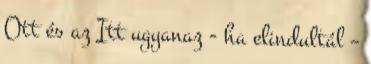
Ott és az Itt ugyanaz - ha elindultál –